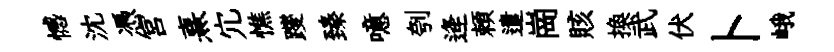
憾沈憑宮熹宂憔躞臻噫刳逄頼遣崗賅换武伏卜峨